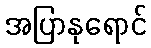
အပြာနုရောင်